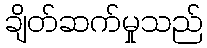
ချိတ်ဆက်မှုသည်